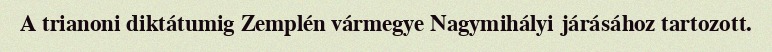
A trianoni diktátumig Zemplén vármegye Nagymihályi járásához tartozott.